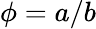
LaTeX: \phi=a/b